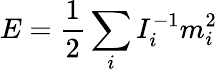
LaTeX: E=\frac 12\sum_{i}I_{i}^{-1}m_{i}^{2}